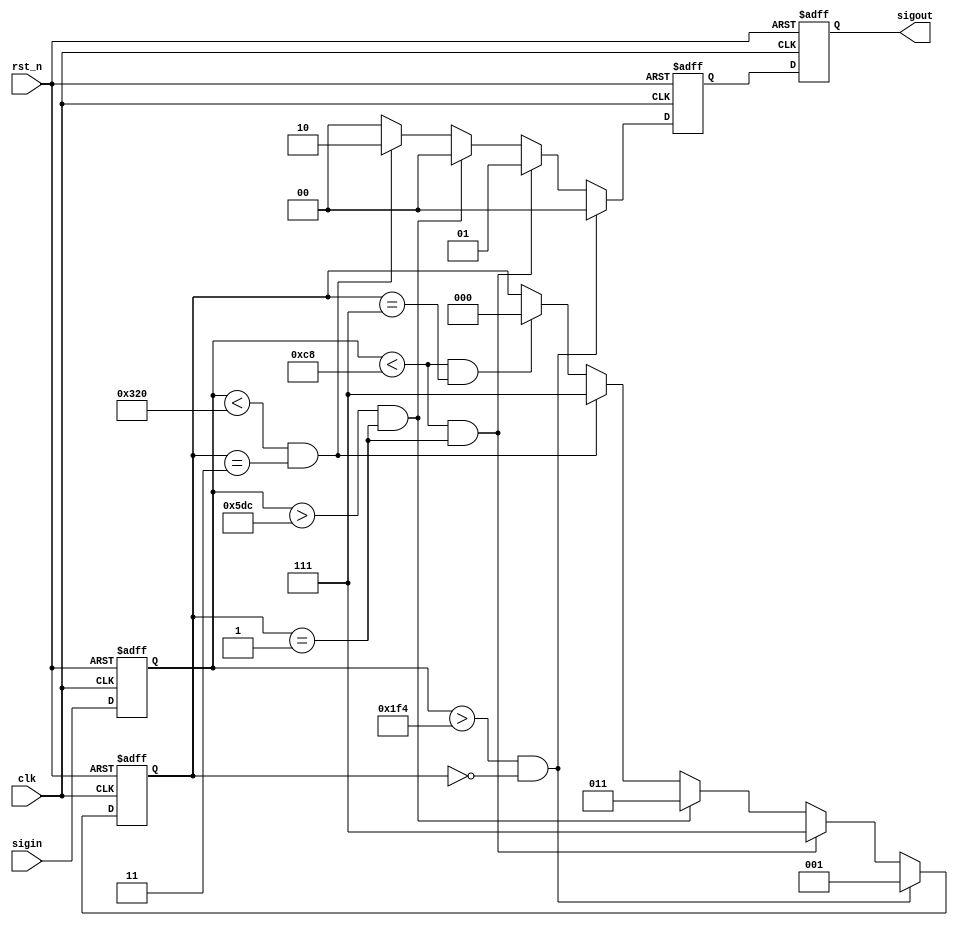
`timescale 1ns / 1ps
//////////////////////////////////////////////////////////////////////////////////
// Company: 
// Engineer: 
// 
// Design Name: 
// Module Name: Topulse
// Project Name: 
// Target Devices: 
// Tool Versions: 
// Description: 
// 
// Dependencies: 
// 
// Revision:
// Revision 0.01 - File Created
// Additional Comments:
// 
//////////////////////////////////////////////////////////////////////////////////


module Topulse(
    input clk,
    input rst_n,
    input signed [13:0] sigin,
    output reg [1:0] sigout
    );

    reg signed [13:0] x;
    reg [2:0] trig;


    reg [1:0] pulse = 0;

    always @(posedge clk or negedge rst_n) begin
        if (!rst_n)
            x <= 0;
        else
            x <= sigin;
    end

    always @(posedge clk or negedge rst_n) begin
        if (!rst_n) begin
            trig = 3'b000; pulse <= 2'b00;
        end
        else if ((x > 14'd500) && (trig == 3'b000)) begin
            trig <= 3'b001; pulse <= 2'b00;
        end

        else if ((x < 14'd200) && (trig == 3'b001))begin
            trig <= 3'b111; pulse <= 2'b01;
        end
        //else if ((x < 14'd1000) && (trig == 3'b101))begin 
        //    trig <= 3'b000; pulse <= 14'd0;  
        //end


        else if ((x > 14'd1500) && (trig == 3'b001)) begin
            trig <= 3'b011; pulse <= 2'b00;
        end
        else if ((x < 14'd800) && (trig == 3'b011)) begin
            trig <= 3'b111; pulse <= 2'b10; 
        end


        else if ((x < 14'd200) && (trig == 3'b111)) begin
            trig <= 3'b000; pulse <= 2'b00;   
        end

        else begin
            trig <= trig; pulse <= 2'b00;
        end
    end
    
    ////////////////////////////////////////////
    //always @(posedge clk) begin
    //    case(trig3)
    //        8'd1: begin
    //                counter <= 2;
    //                if ((width == 0) && (counter != 0)) begin
    //                    sq_wave_reg <= (!sq_wave_reg) * 14'd400;
    //                    if (counter != 0) begin
    //                        width <= 3;
    //                        counter <= counter - 1;
    //                    end
    //                    else
    //                        width <= width - 1;
    //                end
    //                trig3 <= 8'd0;         
    //            end
//
//            8'd2: begin
    //            counter <= 4;
    //            if ((width == 0) && (counter != 0)) begin
    //                sq_wave_reg <= (!sq_wave_reg) * 14'd400;
    //                if (counter != 0) begin
    //                    width <= 3;
    //                    counter <= counter - 1;
    //                end
    //                else
    //                    width <= width - 1;
    //            end
    //            trig3 <= 8'd0;   
    //        end

    //        default:
    //            trig3 <= 8'd0;
    //    endcase
//    end
///////////////////////////////////////////////////////

    always @(posedge clk or negedge rst_n) begin
        if (!rst_n) begin
            sigout <= 2'b00;
        end
        else
            sigout <= pulse;
    end
endmodule